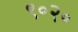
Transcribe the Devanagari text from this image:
९०२०